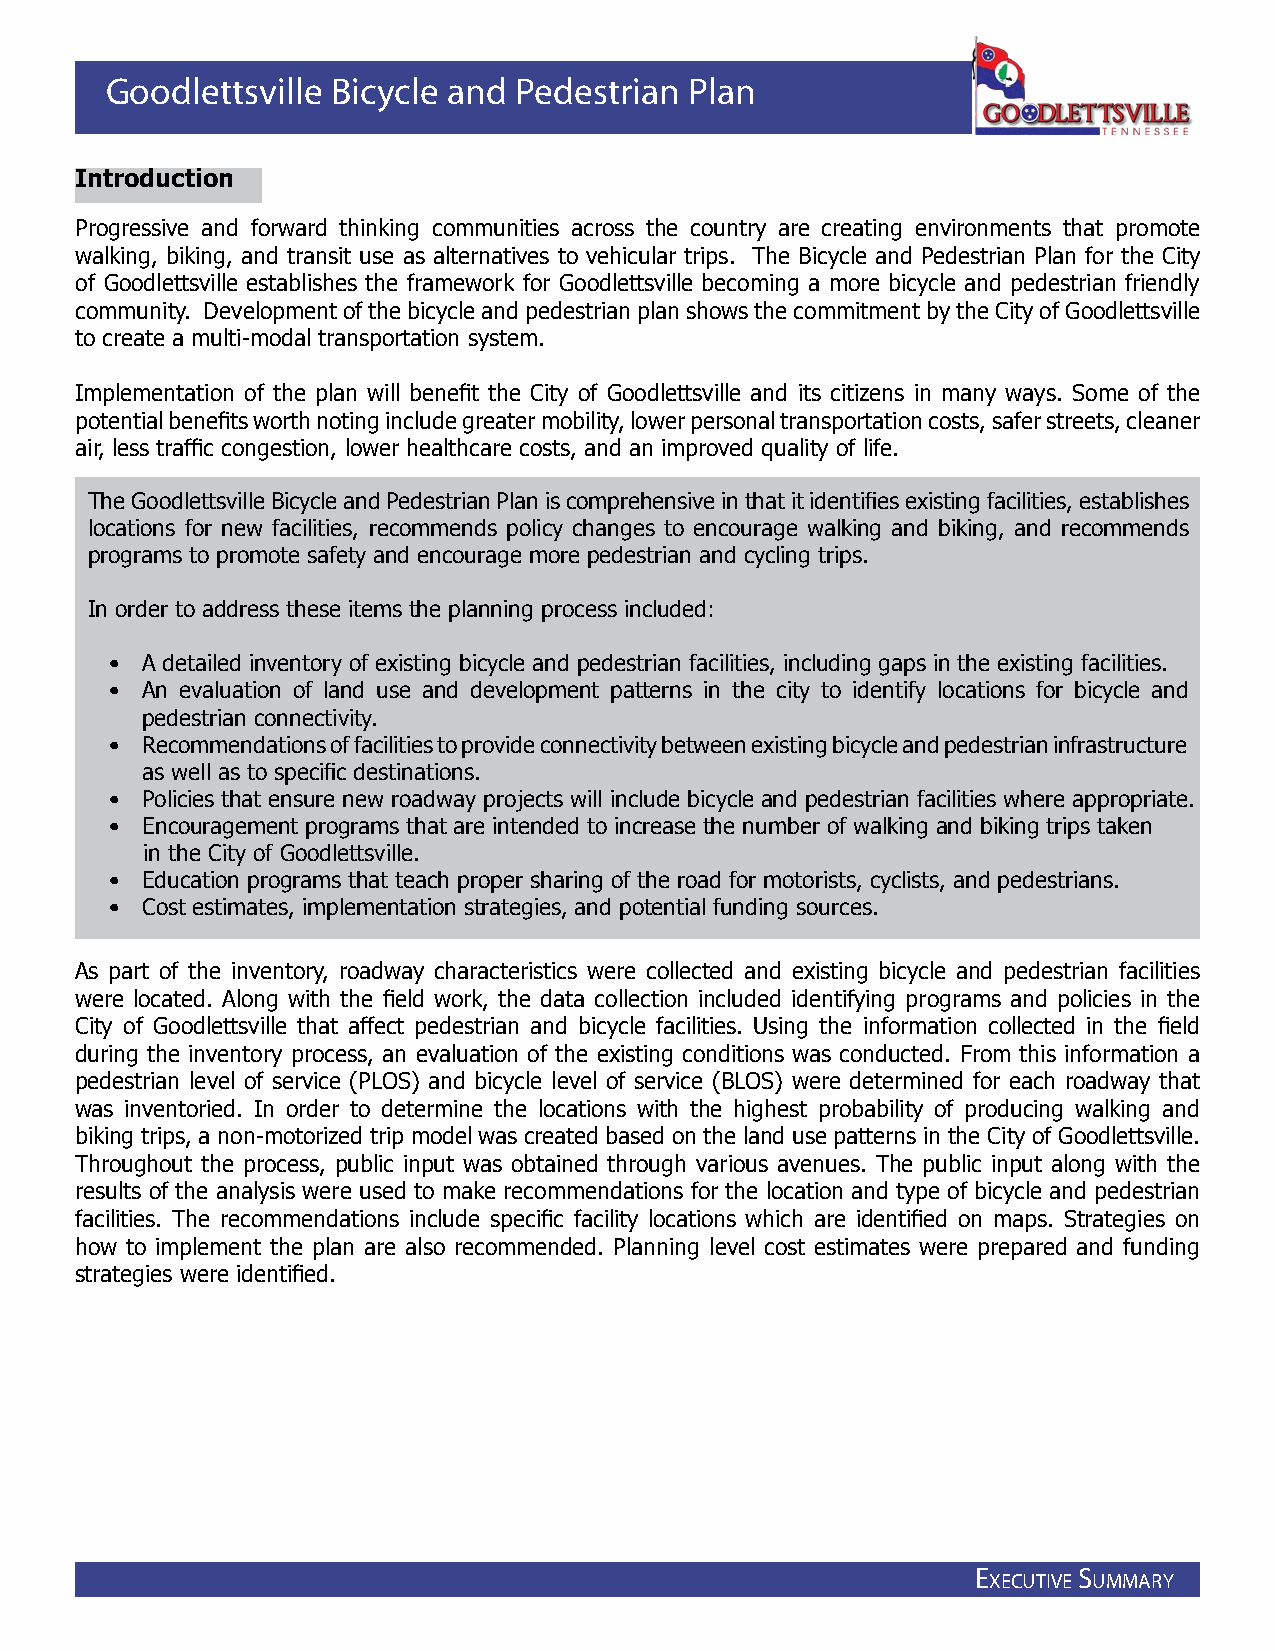
Goodlettsville Bicycle and Pedestrian  Plan
 Introduction
 Progressive and forward thinking communities across the country are creating environments that promote
 walking, biking, and transit use as alternatives to vehicular trips. The Bicycle and Pedestrian Plan for the City
 of Goodlettsville establishes the framework for Goodlettsville becoming a more bicycle and pedestrian friendly
 community. Development of the bicycle and pedestrian plan shows the commitment by the City of Goodlettsville
 to create a multi-modal transportation system.
 Implementation of the plan will benefit the City of Goodlettsville and its citizens in many ways. Some of the
 potential benefits worth noting include greater mobility, lower personal transportation costs, safer streets, cleaner
 air, less traffic congestion, lower healthcare costs, and an improved quality of life.
 The Goodlettsville Bicycle and Pedestrian Plan is comprehensive in that it identifies existing facilities, establishes
 locations for new facilities, recommends policy changes to encourage walking and biking, and recommends
 programs to promote safety and encourage more pedestrian and cycling trips.
 In order to address these items the planning process included:
 • A detailed inventory of existing bicycle and pedestrian facilities, including gaps in the existing facilities.
 • An evaluation of land use and development patterns in the city to identify locations for bicycle and
 pedestrian connectivity.
 • Recommendations of facilities to provide connectivity between existing bicycle and pedestrian infrastructure
 as well as to specific destinations.
 • Policies that ensure new roadway projects will include bicycle and pedestrian facilities where appropriate.
 • Encouragement programs that are intended to increase the number of walking and biking trips taken
 in the City of Goodlettsville.
 • Education programs that teach proper sharing of the road for motorists, cyclists, and pedestrians.
 • Cost estimates, implementation strategies, and potential funding sources.
 As part of the inventory, roadway characteristics were collected and existing bicycle and pedestrian facilities
 were located. Along with the field work, the data collection included identifying programs and policies in the
 City of Goodlettsville that affect pedestrian and bicycle facilities. Using the information collected in the field
 during the inventory process, an evaluation of the existing conditions was conducted. From this information a
 pedestrian level of service (PLOS) and bicycle level of service (BLOS) were determined for each roadway that
 was inventoried. In order to determine the locations with the highest probability of producing walking and
 biking trips, a non-motorized trip model was created based on the land use patterns in the City of Goodlettsville.
 Throughout the process, public input was obtained through various avenues. The public input along with the
 results of the analysis were used to make recommendations for the location and type of bicycle and pedestrian
 facilities. The recommendations include specific facility locations which are identified on maps. Strategies on
 how to implement the plan are also recommended. Planning level cost estimates were prepared and funding
 strategies were identified.
 E
 xEcutivE
 S
 ummary